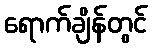
ရောက်ချိန်တွင်